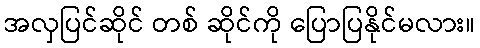
အလှပြင်ဆိုင် တစ် ဆိုင်ကို ပြောပြနိုင်မလား။